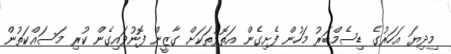
މިދިޔަ އަހަރުގެ ޑިސެމްބަރު މަހުން ފެށިގެން އަތޮޅުތަކަށް ގާޒީން ފޮނުވައިގެން ކުރި މަސައްކަތުން